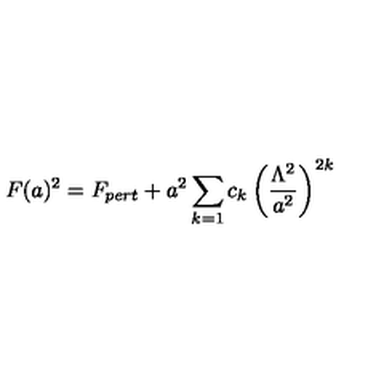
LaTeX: F ( a ) ^ { 2 } = F _ { p e r t } + a ^ { 2 } \sum _ { k = 1 } c _ { k } \left( \frac { \Lambda ^ { 2 } } { a ^ { 2 } } \right) ^ { 2 k }